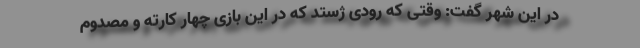
در این شهر گفت: وقتی که رودی ژستد که در این بازی چهار کارته و مصدوم